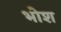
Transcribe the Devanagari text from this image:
भोश